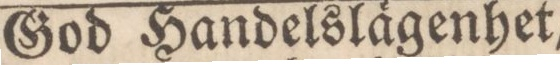
God Handelslägenhet,